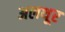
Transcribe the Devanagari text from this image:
अलथूर